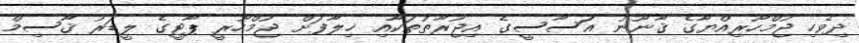
ދިވެހި ޖުމްހޫރިއްޔާގެ ޤާނޫނު އަސާސީގެ އިޖުރާތުތަކާއި ޚިލާފަށް ޖުމްހޫރީ ޕާޓީގެ ލީޑަރު ޤާސިމް